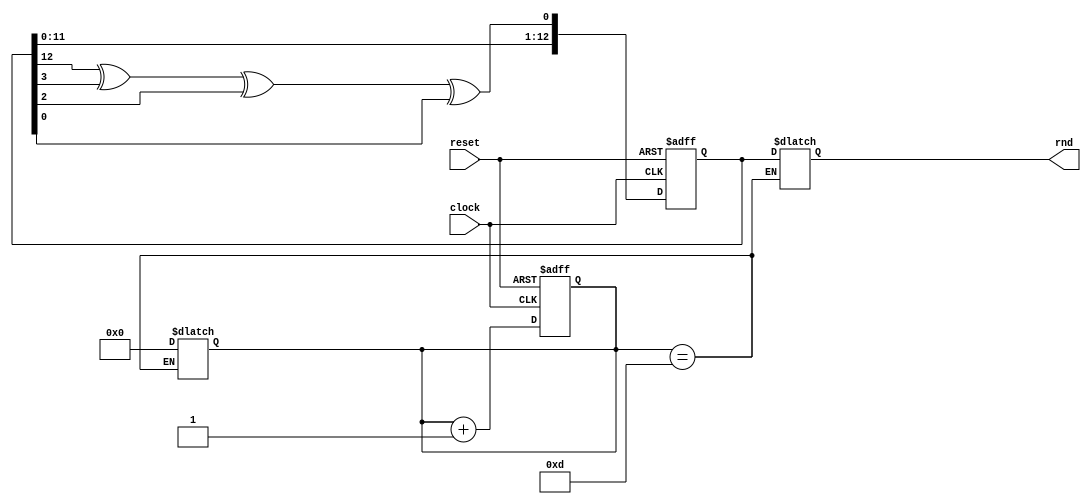
module LFSR (
    input clock,
    input reset,
    output [12:0] rnd 
    );
 
wire feedback = random[12] ^ random[3] ^ random[2] ^ random[0]; 
 
reg [12:0] random, random_next, random_done;
reg [3:0] count, count_next; //to keep track of the shifts
 
always @ (posedge clock or posedge reset)
begin
 if (reset)
 begin
  random <= 13'hF; //An LFSR cannot have an all 0 state, thus reset to FF
  count <= 0;
 end
  
 else
 begin
  random <= random_next;
  count <= count_next;
 end
end
 
always @ (*)
begin
 random_next = random; //default state stays the same
 count_next = count;
   
  random_next = {random[11:0], feedback}; //shift left the xor'd every posedge clock
  count_next = count + 1;
 
 if (count == 13)
 begin
  count = 0;
  random_done = random; //assign the random number to output after 13 shifts
 end
  
end
 
 
assign rnd = random_done;
 
endmodule